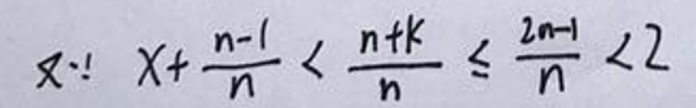
\[
\forall x: x+\frac{n - 1}{n}<\frac{n + k}{n}\leq\frac{2n-1}{n}<2
\]